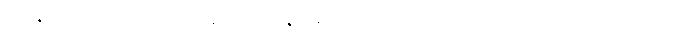
“ဥဇုဂတစိတ္တော ခေါ ပန, မဟာနာမ, အရိယသာဝကော လဘတိ အတ္ထဝေဒံ,